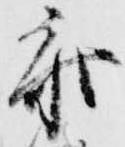
参